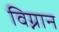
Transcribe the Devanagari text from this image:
विग्नान